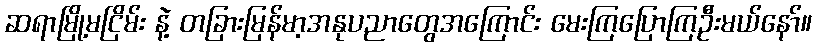
ဆရာမြို့မငြိမ်း နဲ့ တခြားမြန်မာ့အနုပညာတွေအကြောင်း မေးကြပြောကြဦးမယ်နော်။